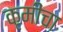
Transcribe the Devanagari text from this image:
कृमींचा